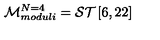
{ \cal M } _ { m o d u l i } ^ { N = 4 } = { { \cal S T } } \left[ 6 , 2 2 \right]